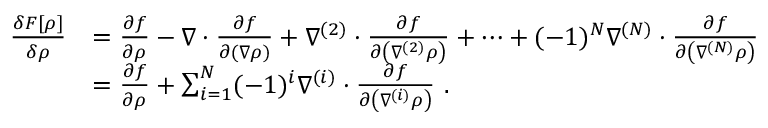
{ \begin{array} { r l } { { \frac { \delta F [ \rho ] } { \delta \rho } } } & { = { \frac { \partial f } { \partial \rho } } - \nabla \cdot { \frac { \partial f } { \partial ( \nabla \rho ) } } + \nabla ^ { ( 2 ) } \cdot { \frac { \partial f } { \partial \left( \nabla ^ { ( 2 ) } \rho \right) } } + \dots + ( - 1 ) ^ { N } \nabla ^ { ( N ) } \cdot { \frac { \partial f } { \partial \left( \nabla ^ { ( N ) } \rho \right) } } } \\ & { = { \frac { \partial f } { \partial \rho } } + \sum _ { i = 1 } ^ { N } ( - 1 ) ^ { i } \nabla ^ { ( i ) } \cdot { \frac { \partial f } { \partial \left( \nabla ^ { ( i ) } \rho \right) } } \ . } \end{array} }